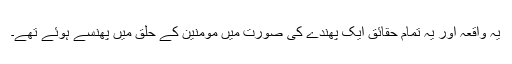
یہ واقعہ اور یہ تمام حقائق ایک پهندے کی صورت میں مومنین کے حلق میں پهنسے ہوئے تهے۔